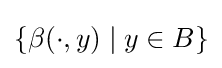
\{\beta (\cdot ,y)\mid y\in B\}